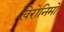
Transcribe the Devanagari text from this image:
खेरोनिमो